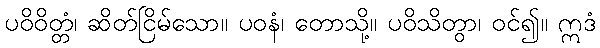
ပဝိဝိတ္တံ၊ ဆိတ်ငြိမ်သော။ ပဝနံ၊ တောသို့။ ပဝိသိတွာ၊ ဝင်၍။ ဣဒံ